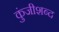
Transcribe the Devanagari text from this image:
कुंजीशब्द